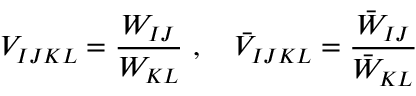
V _ { I J K L } = \frac { W _ { I J } } { W _ { K L } } ~ , \quad \bar { V } _ { I J K L } = \frac { \bar { W } _ { I J } } { \bar { W } _ { K L } }